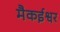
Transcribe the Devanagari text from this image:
मैकईश्वर